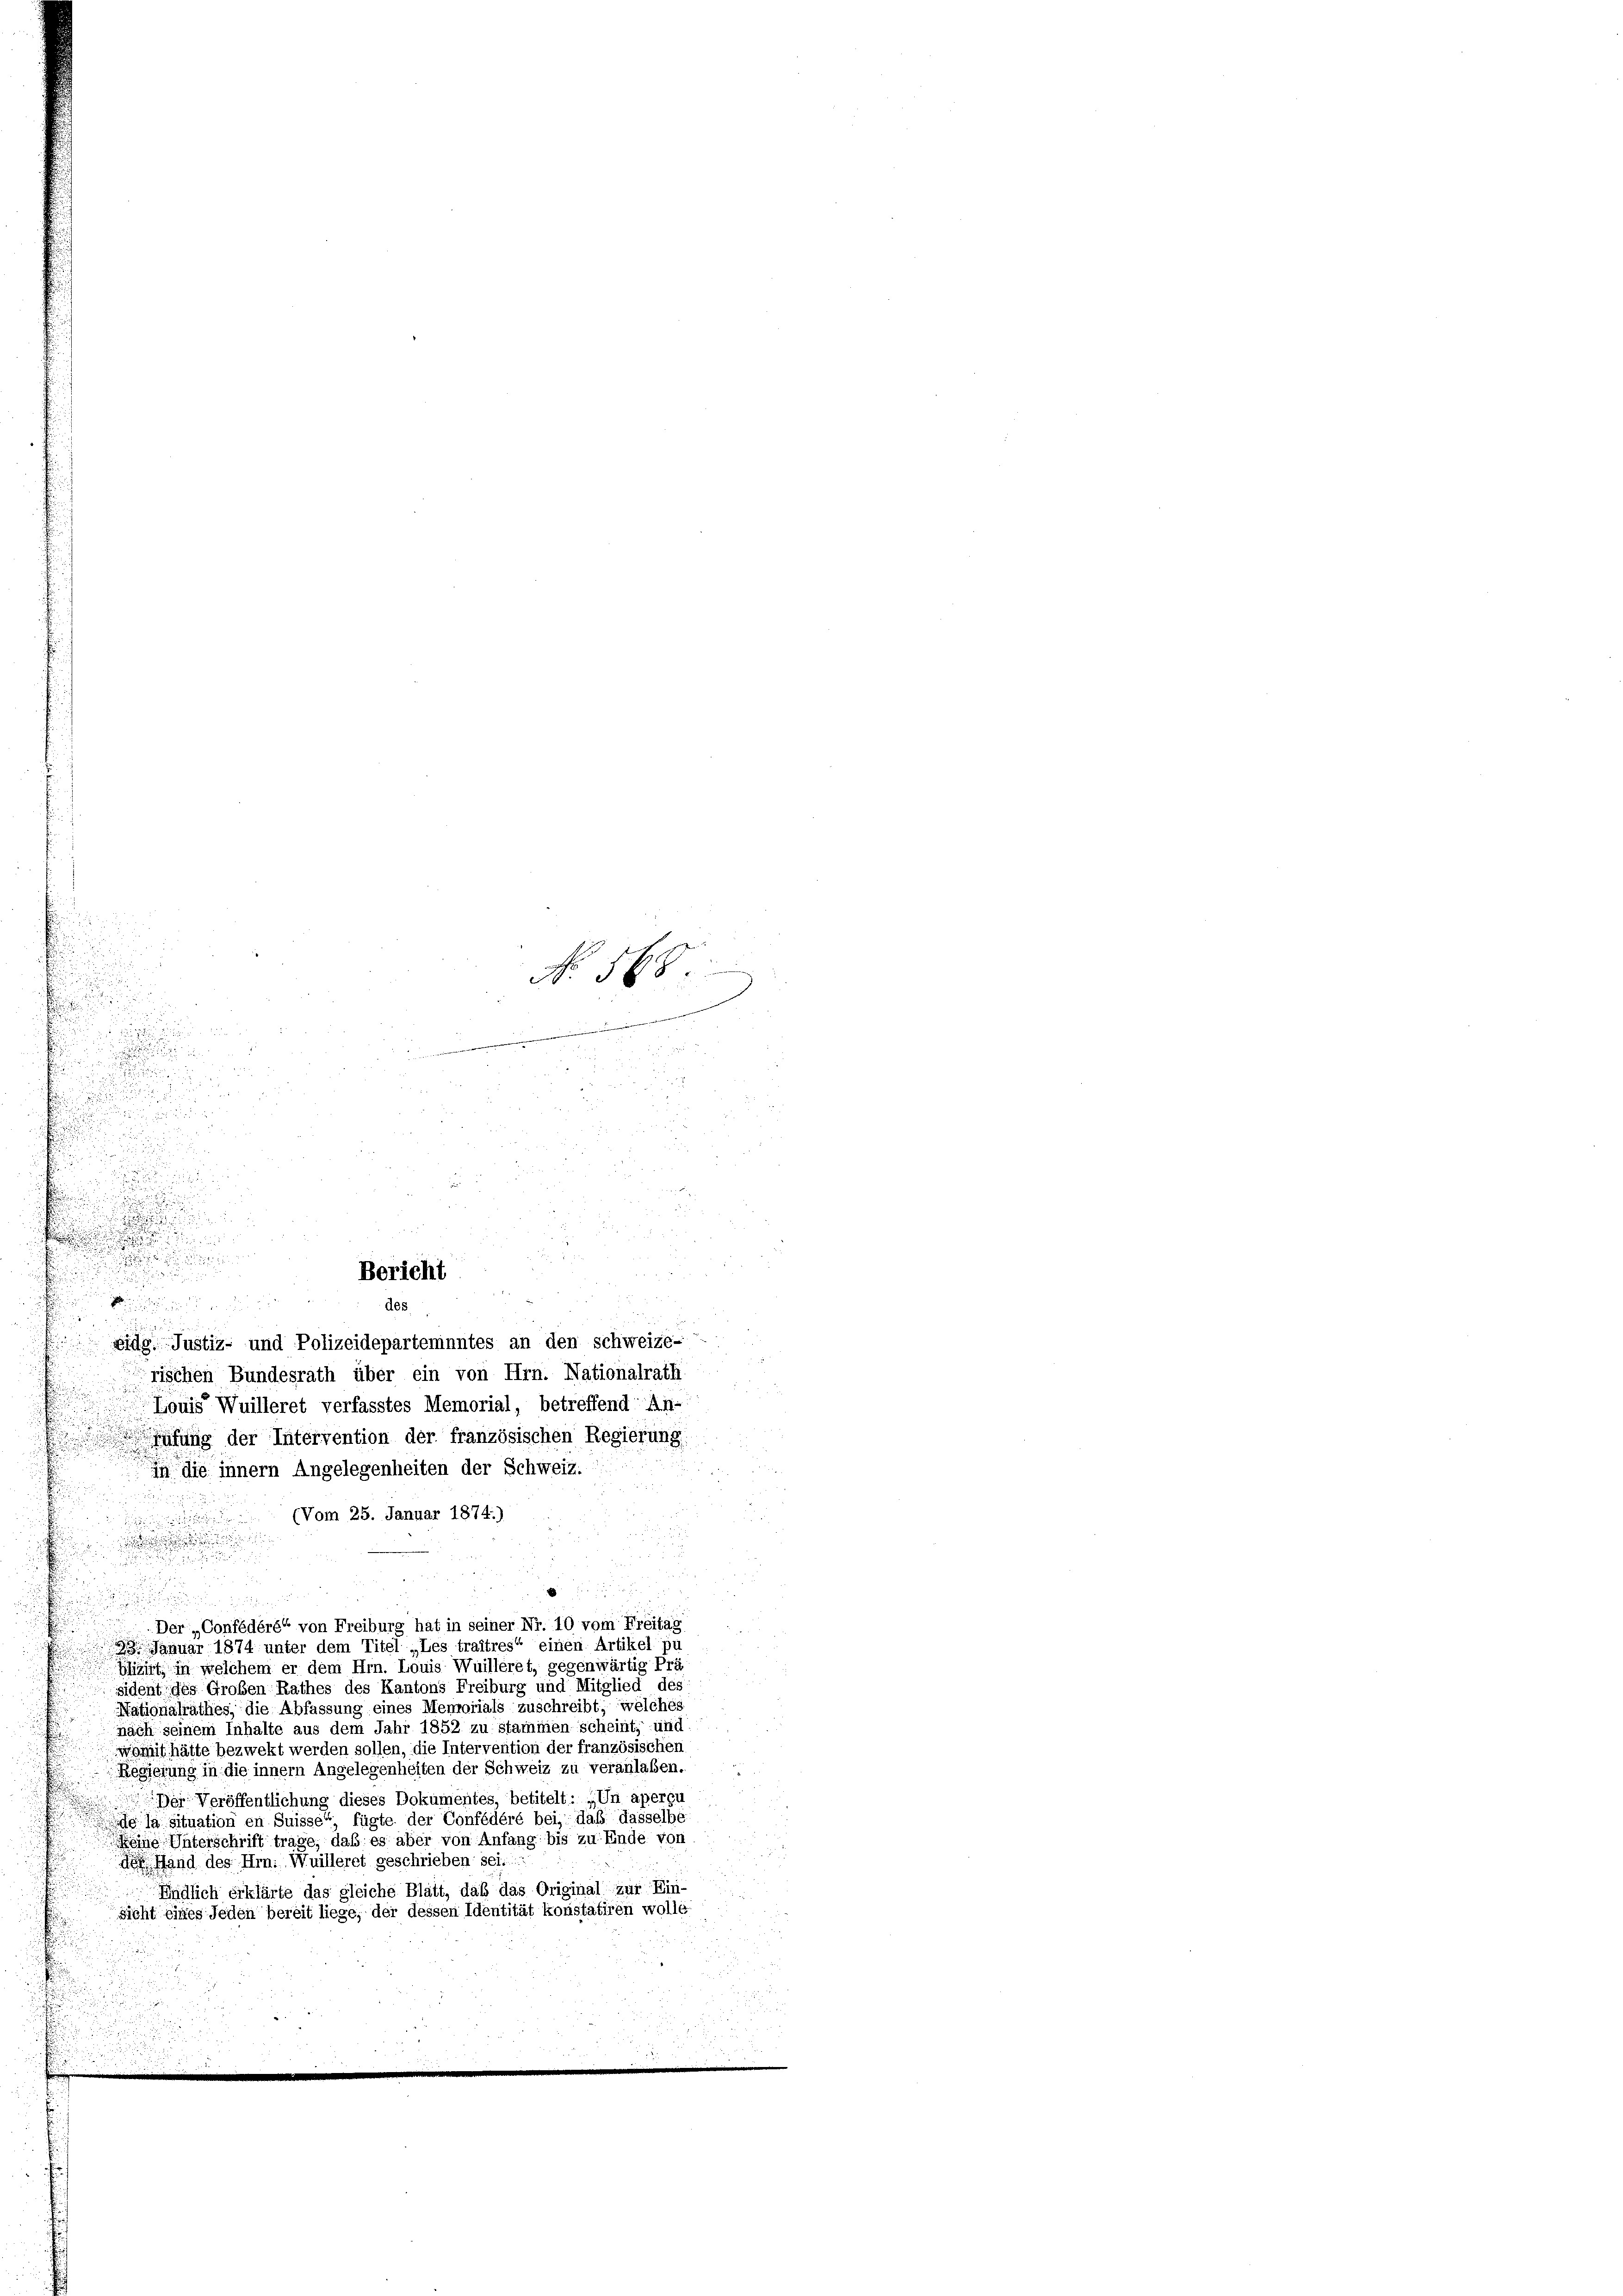
d

.
e

.

.

n

No. 568.
t

u

f
u
iri
widg. Justiz- und Polizeidepartementes an den schweize-
rischen Bundesrath über ein von Hrn. Nationalrath
Louis Wuilleret verfasstes Memorial, betreffend An-
ffung der Intervention der französischen Regierung
dig innern Angelegenheiten der Schweiz.
(Vom 25. Januar 1874.)
s
Der „Confédéré“ von Freiburg hat in seiner Nr. 10 vom Freitag
 Januar 1874 unter dem Titel „Les traitres“ einen Artikel pu
blizist in welchem er dem Hrn. Louis Wuilleret, gegenwärtig Prä
sident des Großen Rathes des Kantons Freiburg und Mitglied des
Nationalrathes, die Abfassung eines Memorials zuschreibt, welches
nach seinem Inhalte aus dem Jahr 1852 zu Stammen scheint, und
womit hätte bezwekt werden sollen, die Intervention der französischen
Regierung in die innern Angelegenheiten der Schweiz zu veranlaßen.
Der Veröffentlichung dieses Dokumentes, betitelt: „Un aperçu
de la situation en Suisse“ fügte der Confédéré bei, daß dasselbe
Meine Unterschrift trage, daß es aber von Anfang bis zu Ende von
der Hand des Hrn. Wuilleret geschrieben sei.
Endlich erklärte das gleiche Blatt, daß das Original zur Ein-
sicht eines Jeden bereit liege, der dessen Identität konstatiren wolle

25

äst

Bericht
 genen der
des